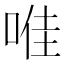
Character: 𱓊